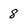
Character: 8